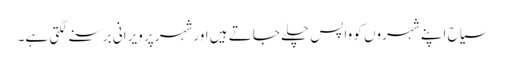
سیاح اپنے شہروں کو واپس چلے جاتے ہیں اورشہر پر ویرانی برسنے لگتی ہے۔